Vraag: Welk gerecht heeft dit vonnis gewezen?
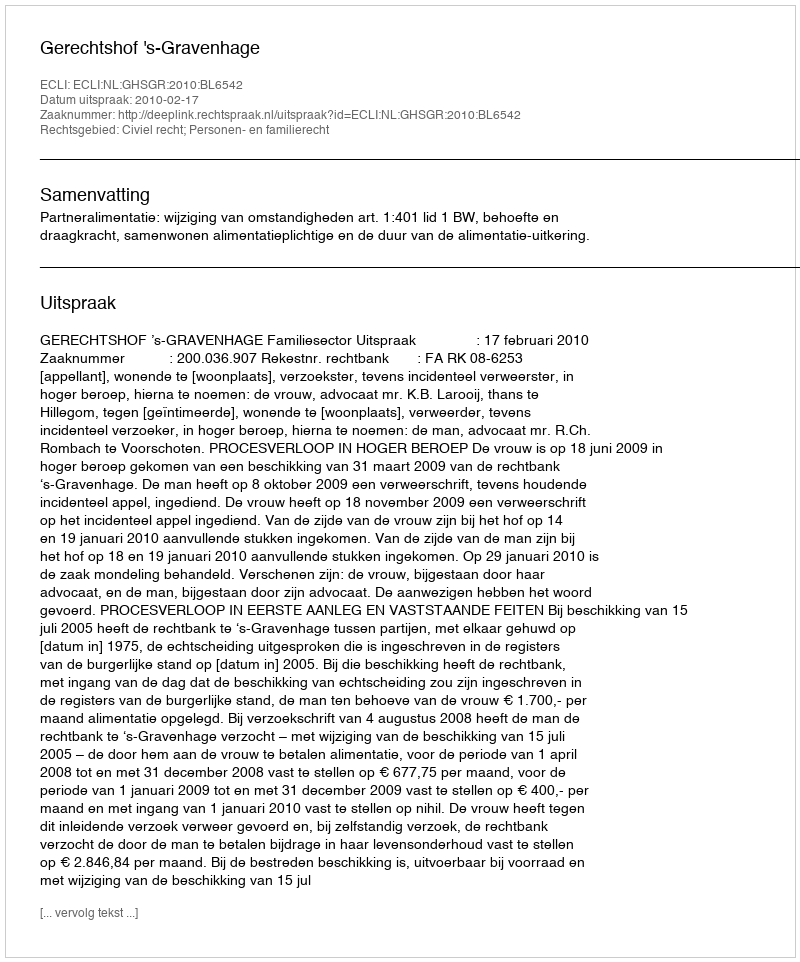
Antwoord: Gerechtshof 's-Gravenhage